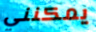
يمكنني